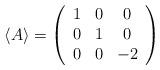
LaTeX: \begin{align*}\langle A\rangle= \left( \begin{array}{ccc} 1 & 0 & 0 \\ 0 & 1 & 0 \\ 0 & 0 & -2 \\ \end{array} \right)\end{align*}